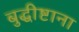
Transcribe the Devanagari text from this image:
बुद्धीष्टाना